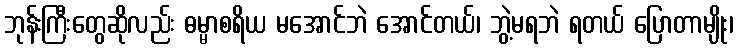
ဘုန်းကြီးတွေဆိုလည်း ဓမ္မာစရိယ မအောင်ဘဲ အောင်တယ်၊ ဘွဲ့မရဘဲ ရတယ် ပြောတာမျိုး၊